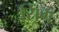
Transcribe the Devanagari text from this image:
सिंग